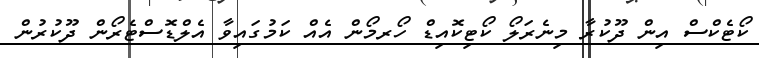
ކޯޓެކްސް އިން ދޫކުރާ މިނެރަލޯ ކޯޓިކޮއިޑް ހޯރމޯން އެއް ކަމުގައިވާ އެލްޑޮސްޓެރޯން ދޫކުރުން